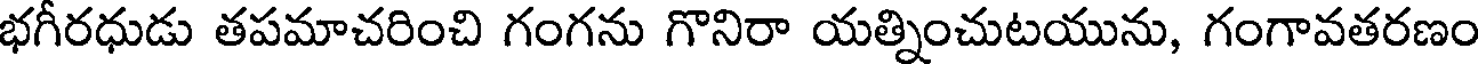
భగీరధుడు తపమాచరించి గంగను గొనిరా యత్నించుటయును, గంగావతరణం